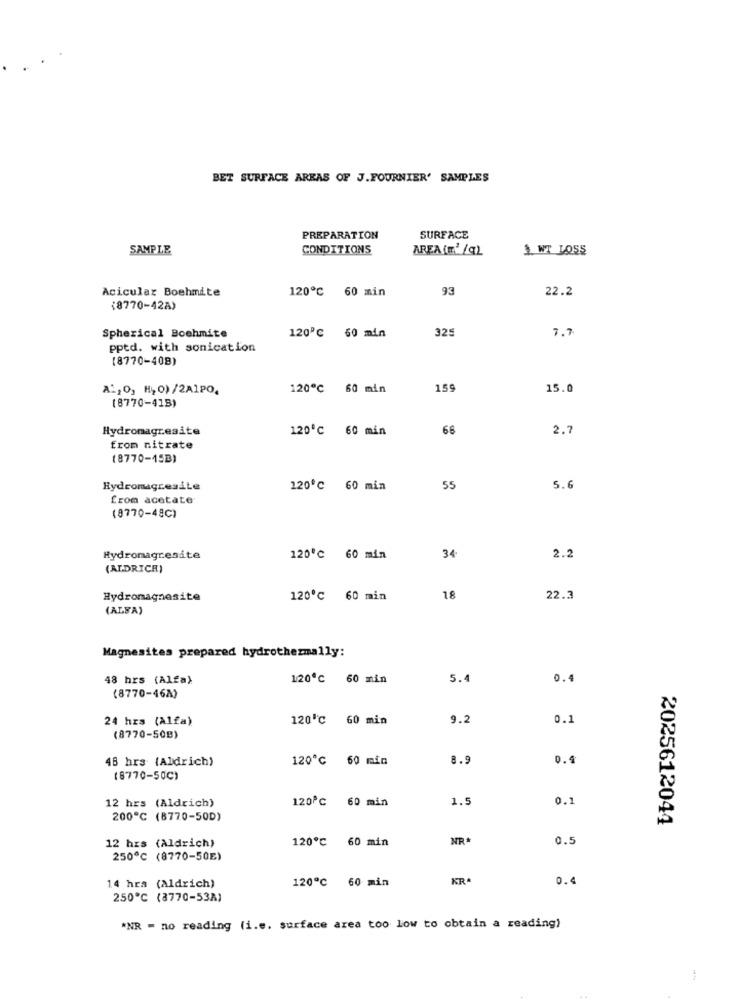
BET SURFACE AREAS OF J.FOURNIER' SAMPLES
PREPARATION
SURFACE
SAMPLE
CONDITIONS
AREA (m' /q)
1. WT LOSS
Acicular Boehmite
120℃ 60 min
93
22.2
(8770-42A)
Spherical Boehmite
7.7
120℃ 60 min
325
pptd. with sonication
(8770-408)
A1,O, H, 0) /2A1PO,
120℃ 60 min
159
15.0
(8770-418)
Hydromagresite
120℃ 60 min
66
2.7
from nitrate
(8770-45B)
Hydromagresite
120℃ 60 min
55
5.6
from acetate
(8770-48℃)
34
Hydromagresite
120℃ 60 min
2.2
(ALDRICH)
Hydromagnesite
120℃ 60 min
18
22.3
(ALFA)
Magnesites prepared hydrothermally:
48 hrs (Alfa)
120℃ 60 min
5.4
0.4
(8770-46A)
24 hrs (Alfa)
120 ℃ 60 min
9.2
0.1
(8770-50B)
48 hrs (Aldrich)
120℃ 60 min
8.
0.4
(8770-50℃)
12 hrs (Aldrich)
120℃ 60 min
1.5
200℃ (8770-50D)
2025612044
120℃ 60 min
NR
0.5
12 hrs (Aldrich)
250℃ (8770-50E)
KRA
0.4
14 hra (Aldrich)
120℃ 60 min
250℃ (8770-53A)
*NR = no reading (i.e. surface area too low to obtain a reading)
-